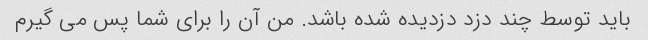
باید توسط چند دزد دزدیده شده باشد. من آن را برای شما پس می گیرم